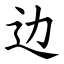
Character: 边